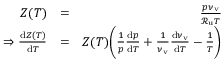
\begin{array} { r l r } { Z ( T ) } & { = } & { \frac { p \nu _ { \mathrm { v } } } { \mathcal { R } _ { \mathrm { u } } T } } \\ { \Rightarrow \frac { \mathrm { d } Z ( T ) } { \mathrm { d } T } } & { = } & { Z ( T ) \bigg ( \frac { 1 } { p } \frac { \mathrm { d } p } { \mathrm { d } T } + \frac { 1 } { \nu _ { \mathrm { v } } } \frac { \mathrm { d } \nu _ { \mathrm { v } } } { \mathrm { d } T } - \frac { 1 } { T } \bigg ) } \end{array}